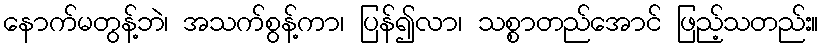
နောက်မတွန့်ဘဲ၊ အသက်စွန့်ကာ၊ ပြန်၍လာ၊ သစ္စာတည်အောင် ဖြည့်သတည်း။